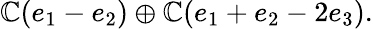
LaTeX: \mathbb{C}(e_{1}-e_{2})\oplus\mathbb{C}(e_{1}+e_{2}-2e_{3}).